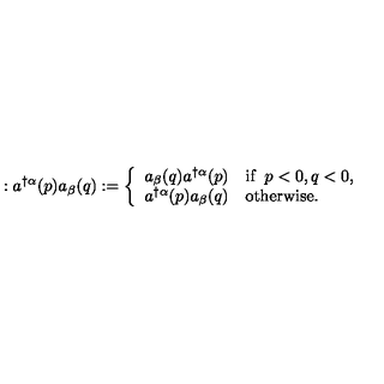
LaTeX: : a ^ { \dagger \alpha } ( p ) a _ { \beta } ( q ) : = \left\{ \begin{array} { l l } { a _ { \beta } ( q ) a ^ { \dagger \alpha } ( p ) } & { \mathrm { i f } \enspace p < 0 , q < 0 , } \\ { a ^ { \dagger \alpha } ( p ) a _ { \beta } ( q ) } & { \mathrm { o t h e r w i s e } . } \\ \end{array} \right.